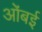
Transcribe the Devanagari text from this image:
ओंबई